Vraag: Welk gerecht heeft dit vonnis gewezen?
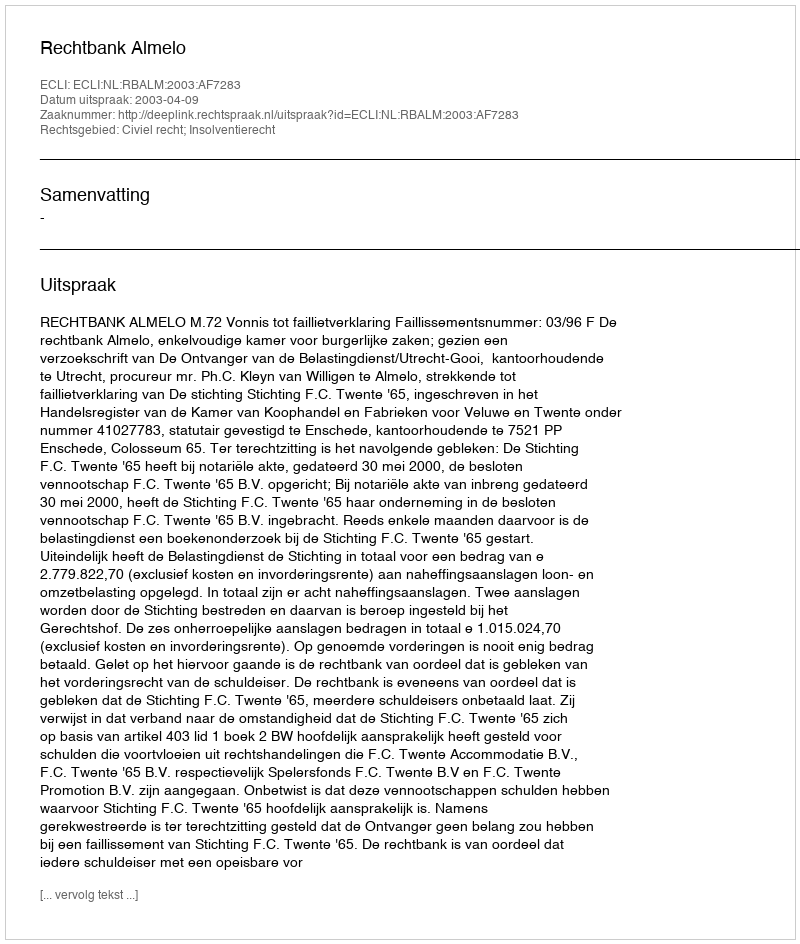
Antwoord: Rechtbank Almelo